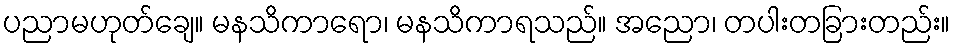
ပညာမဟုတ်ချေ။ မနသိကာရော၊ မနသိကာရသည်။ အညော၊ တပါးတခြားတည်း။